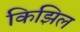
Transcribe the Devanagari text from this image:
किझिल